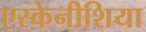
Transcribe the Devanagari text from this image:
एस्केनीशिया